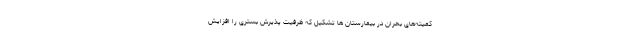
کمیته‌های بحران در بیمارستان ها تشکیل که ظرفیت پذیرش بستری را افزایش